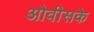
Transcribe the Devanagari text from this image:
ओवीसके